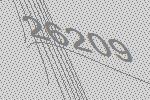
26209